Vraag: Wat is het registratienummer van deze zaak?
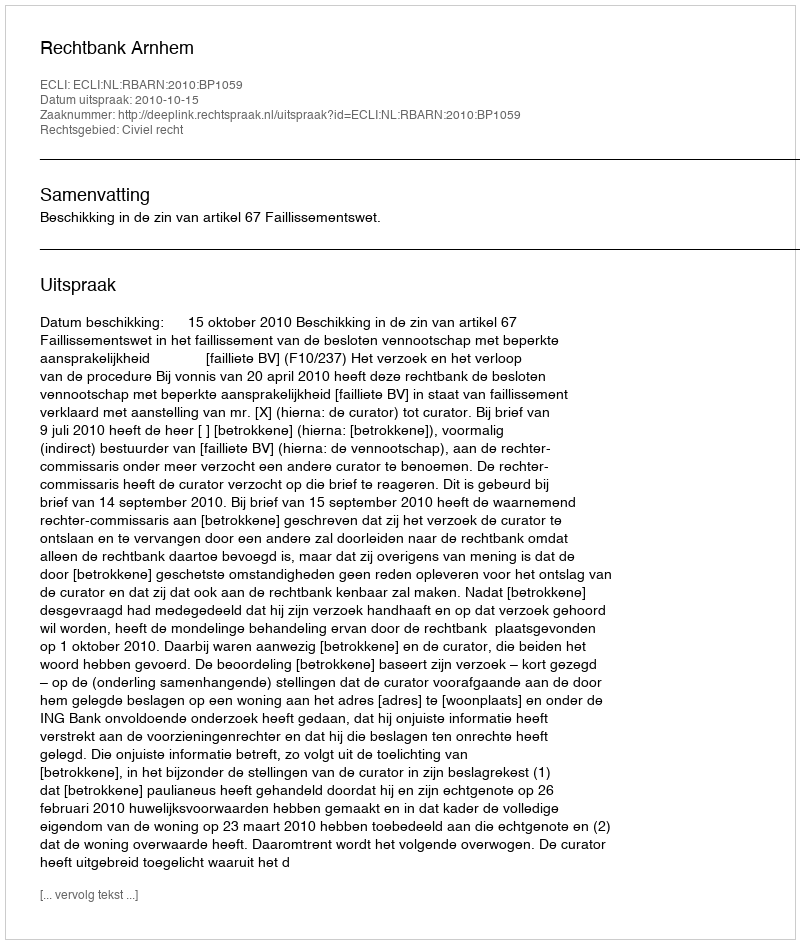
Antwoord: http://deeplink.rechtspraak.nl/uitspraak?id=ECLI:NL:RBARN:2010:BP1059